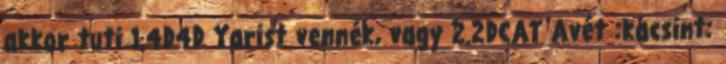
akkor tuti 1.4D4D Yarist vennék, vagy 2.2DCAT Avét :kacsint: